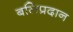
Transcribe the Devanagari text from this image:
बलिप्रदान